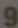
و